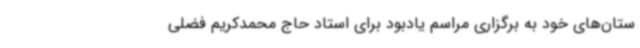
ستان‌های خود به برگزاری مراسم یادبود برای استاد حاج محمدکریم فضلی